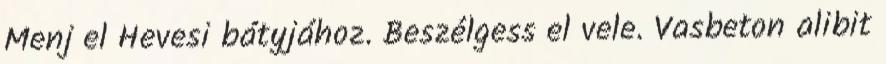
Menj el Hevesi bátyjához. Beszélgess el vele. Vasbeton alibit